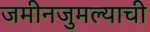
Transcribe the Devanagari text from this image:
जमीनजुमल्याची